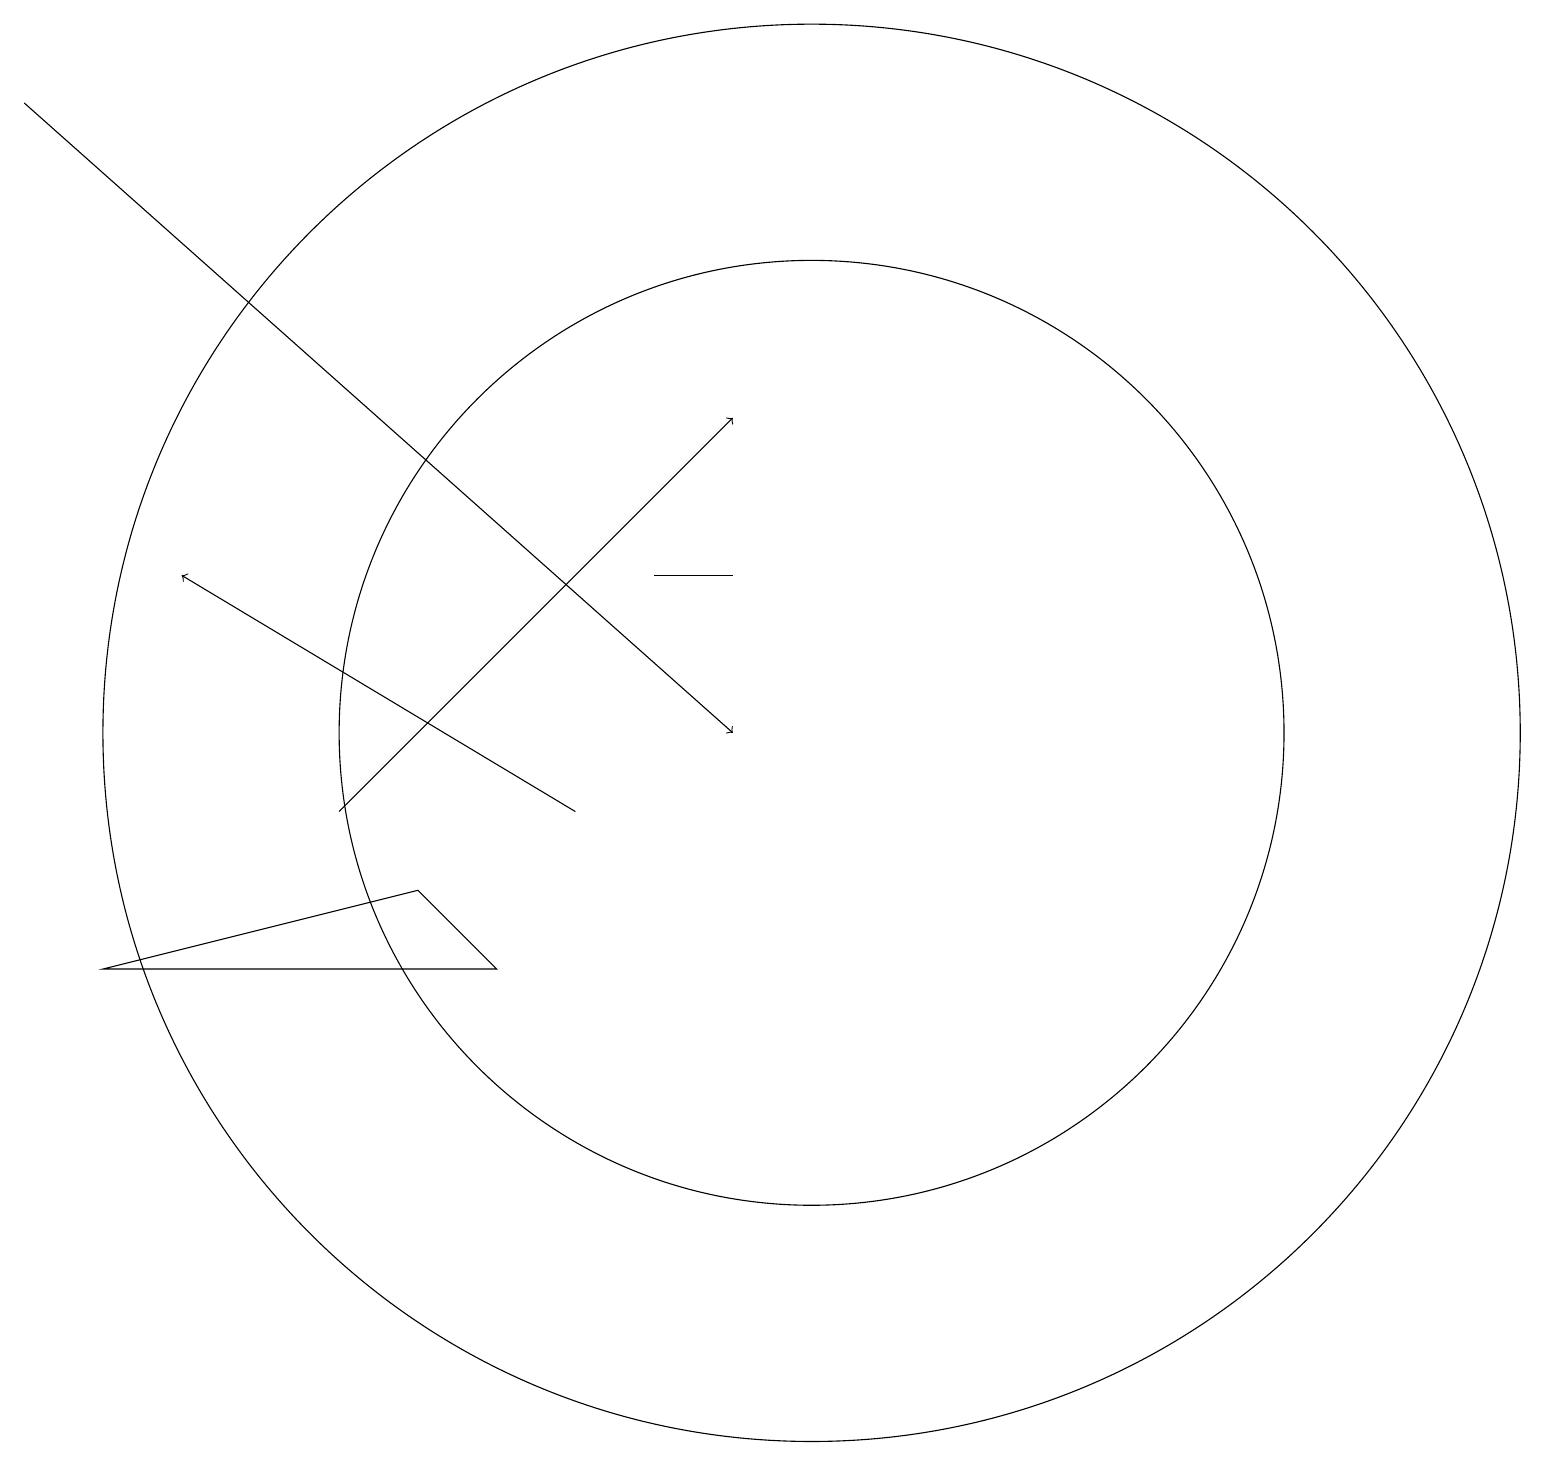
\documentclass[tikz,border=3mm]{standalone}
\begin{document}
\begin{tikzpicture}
\draw[->] (0,19) -- (9,11);
\draw (1,8) -- (6,8) -- (5,9) -- cycle;
\draw (10,11) circle (6);
\draw[->] (7,10) -- (2,13);
\draw (9,13) rectangle (8,13);
\draw (10,11) circle (9);
\draw (12,11) circle (0);
\draw[->] (4,10) -- (9,15);
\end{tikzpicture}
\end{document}